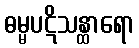
ဓမ္မပဋိသန္ထာရော